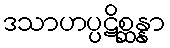
ဒသာဟပ္ပဋိစ္ဆန္နာ